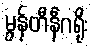
မွန်တီနီဂရိုး